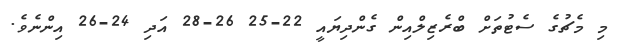
މި މެޗުގެ ސެޓުތަށް ބްރެޒިލްއިން ގެންދިޔައީ 22-25 26-28 އަދި 24-26 އިންނެވެ.